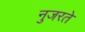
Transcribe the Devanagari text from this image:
नुजरते